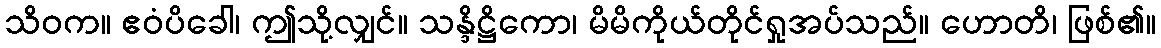
သိဝက။ ဧဝံပိခေါ၊ ဤသို့လျှင်။ သန္ဒိဋ္ဌိကော၊ မိမိကိုယ်တိုင်ရှုအပ်သည်။ ဟောတိ၊ ဖြစ်၏။